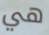
هي